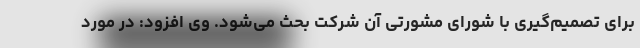
برای تصمیم‌گیری با شورای مشورتی آن شرکت بحث می‌شود. وی افزود: در مورد